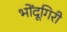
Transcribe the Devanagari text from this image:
भोंदूगिरी